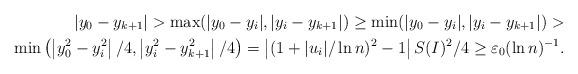
LaTeX: \begin{align*}|y_0-y_{k+1}|>\max(|y_0-y_i|,|y_i-y_{k+1}|)\geq \min(|y_0-y_i|,|y_i-y_{k+1}|)>\\ \min\left(\left|y_0^2-y_i^2\right|/4,\left|y_i^2-y_{k+1}^2\right|/4\right)=\left|(1+|u_i|/\ln n)^2-1\right|S(I)^2/4 \geq\varepsilon_0 (\ln n)^{-1}.\end{align*}